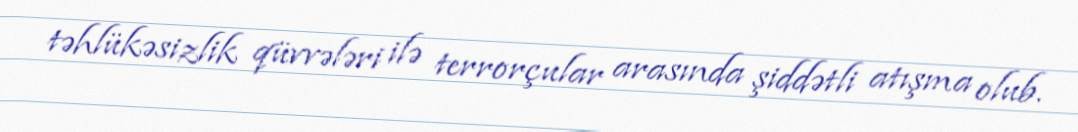
təhlükəsizlik qüvvələri ilə terrorçular arasında şiddətli atışma olub.